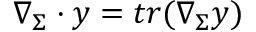
\nabla _ { \Sigma } \cdot \boldsymbol { y } = t r ( \nabla _ { \Sigma } \boldsymbol { y } )